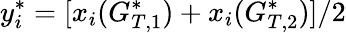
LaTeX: y_{i}^{*}=[x_{i}(G_{T,1}^{*})+x_{i}(G_{T,2}^{*})]/2